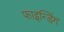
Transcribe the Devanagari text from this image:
फाइन्डिंग